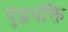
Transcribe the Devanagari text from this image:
युद्धपंक्ति